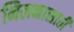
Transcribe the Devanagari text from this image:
मिलनासाठी